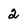
Character: 2